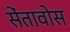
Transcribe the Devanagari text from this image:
सेंतावोस